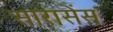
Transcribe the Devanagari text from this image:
सारासेंस